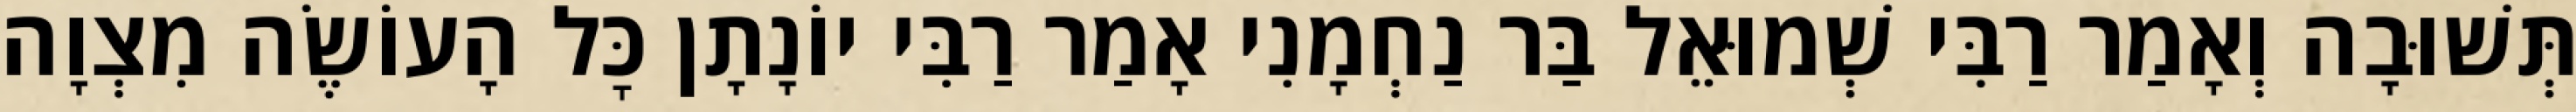
תְּשׁוּבָה וְאָמַר רַבִּי שְׁמוּאֵל בַּר נַחְמָנִי אָמַר רַבִּי יוֹנָתָן כׇּל הָעוֹשֶׂה מִצְוָה